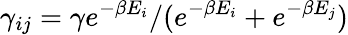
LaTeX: \gamma_{ij}=\gamma e^{-\beta E_{i}}/(e^{-\beta E_{i}}+e^{-\beta E_{j}})